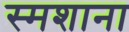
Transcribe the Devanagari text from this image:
स्मशाना